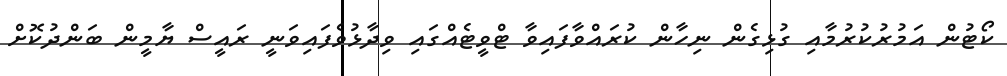
ކޯޓުން އަމުރުކުރުމާއި ގުޅިގެން ނިހާން ކުރައްވާފައިވާ ޓްވީޓެއްގައި ވިދާޅުވެފައިވަނީ ރައީސް ޔާމީން ބަންދުކޮށް